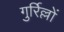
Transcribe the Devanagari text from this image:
गुर्रिल्लों